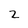
Character: 2